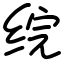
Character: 𬘫